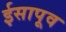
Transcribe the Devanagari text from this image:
ईसापूव